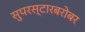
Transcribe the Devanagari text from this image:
सुपरस्टारबरोबर